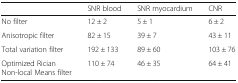
|  | SNR blood | SNR myocardium | CNR |
 | --- | --- | --- | --- |
 | No filter | 12 ± 2 | 5 ± 1 | 6 ± 2 |
 | Anisotropic filter | 82 ± 15 | 39 ± 7 | 43 ± 11 |
 | Total variation filter | 192 ± 133 | 89 ± 60 | 103 ± 76 |
 | Optimized RicianNon-local Means filter | 110 ± 74 | 46 ± 35 | 64 ± 41 |